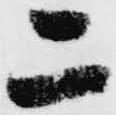
二